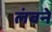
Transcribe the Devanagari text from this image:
लंबने